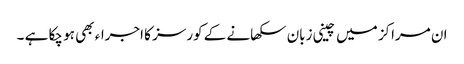
ان مراکز میں چینی زبان سکھانے کے کورسز کا اجراء بھی ہو چکا ہے ۔